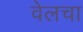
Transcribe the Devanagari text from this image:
वेलचा